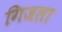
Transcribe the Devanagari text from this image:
गिजला